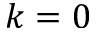
k = 0